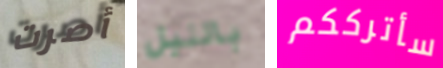
أصرت بالليل سأترككم